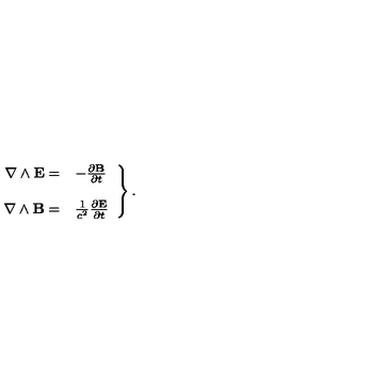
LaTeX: \left. \begin{array} { r l } { \nabla \wedge { \bf E } = } & { - { \frac { \partial { \bf B } } { \partial t } } } \\ { } & { } \\ { \nabla \wedge { \bf B } = } & { \frac { 1 } { c ^ { 2 } } { \frac { \partial { \bf E } } { \partial t } } } \\ \end{array} \right\} .